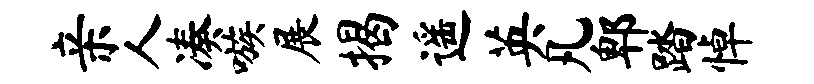
亲人凑嗾展揭遥英凡郫踏悼